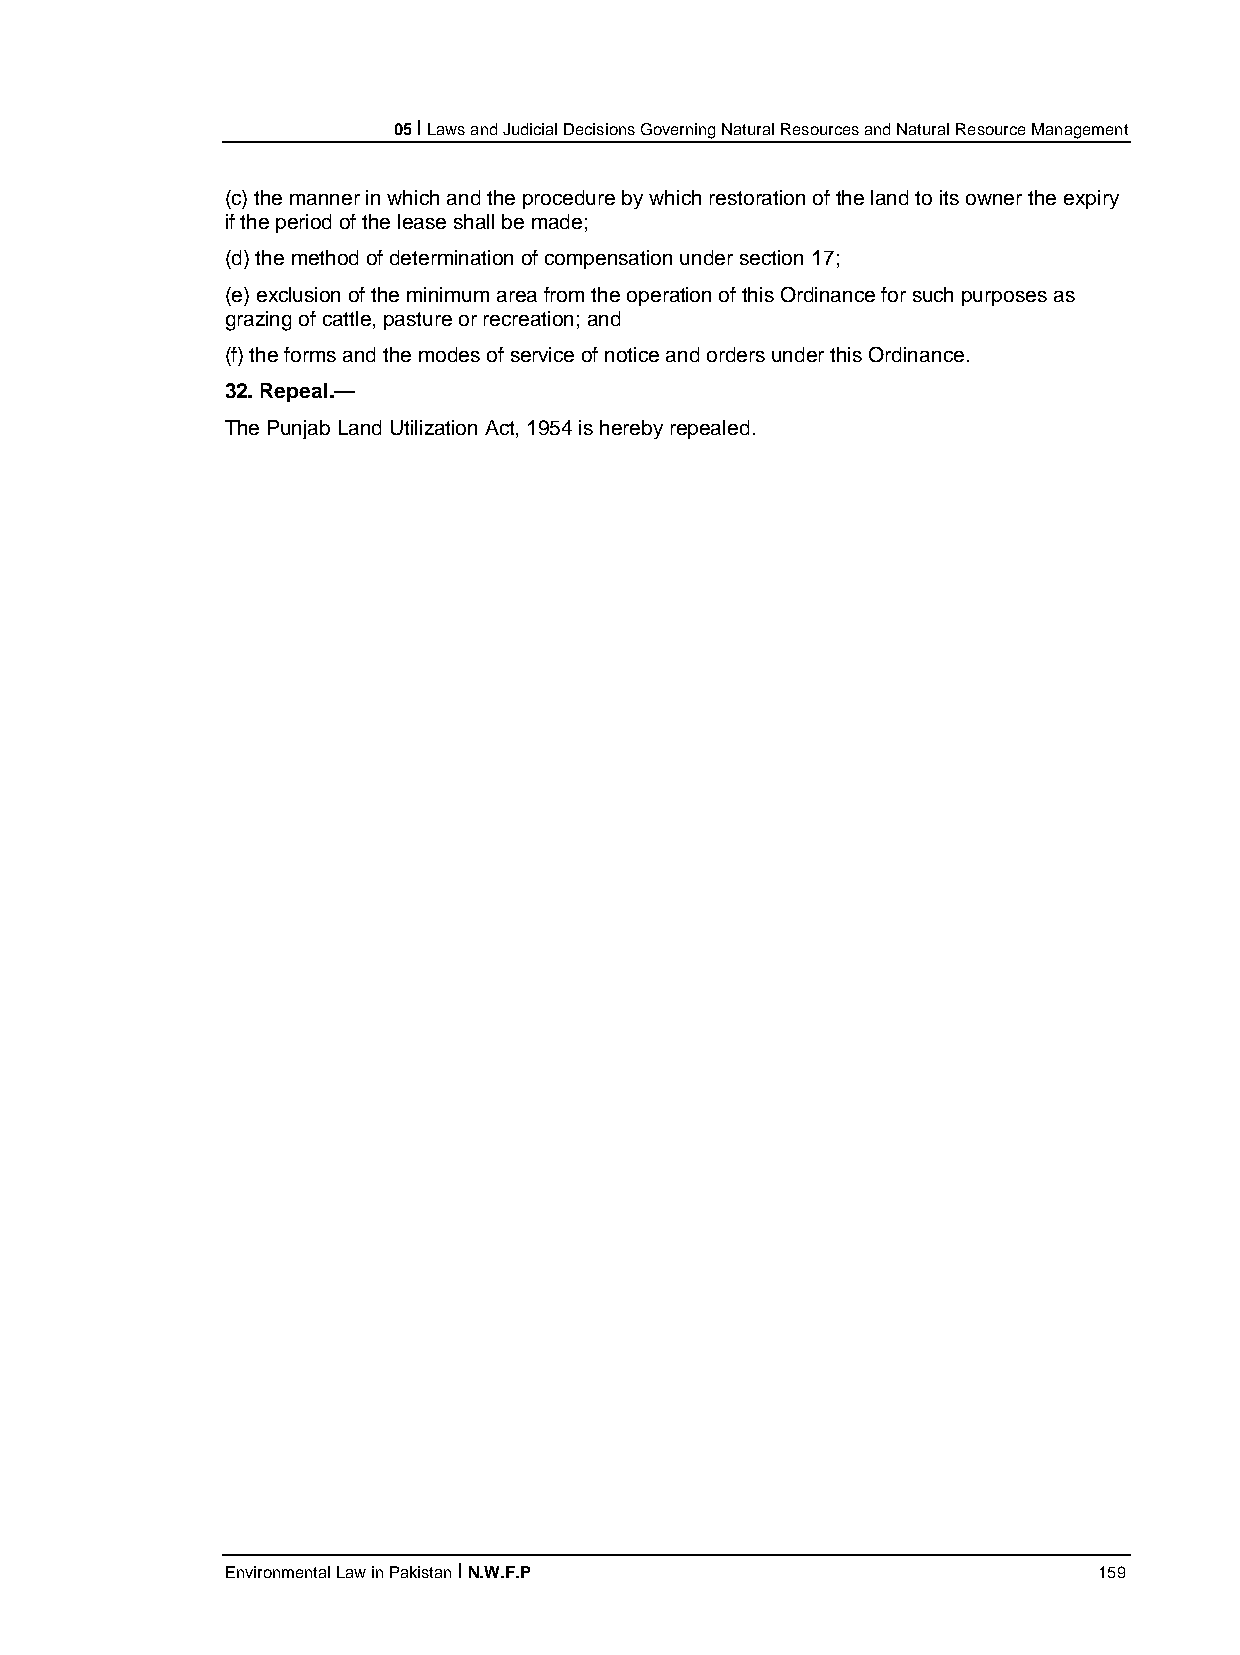
05 I Laws and Judicial Decisions Governing Natural Resources and Natural Resource Management
 (c) the manner in which and the procedure by which restoration of the land to its owner the expiry
 if the period of the lease shall be made;
 (d) the method of determination of compensation under section 17;
 (e) exclusion of the minimum area from the operation of this Ordinance for such purposes as
 grazing of cattle, pasture or recreation; and
 (f) the forms and the modes of service of notice and orders under this Ordinance.
 32. Repeal.—
 The Punjab Land Utilization Act, 1954 is hereby repealed.
 Environmental Law in Pakistan I N.W.F.P                   159